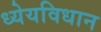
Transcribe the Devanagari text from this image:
ध्येयविधान